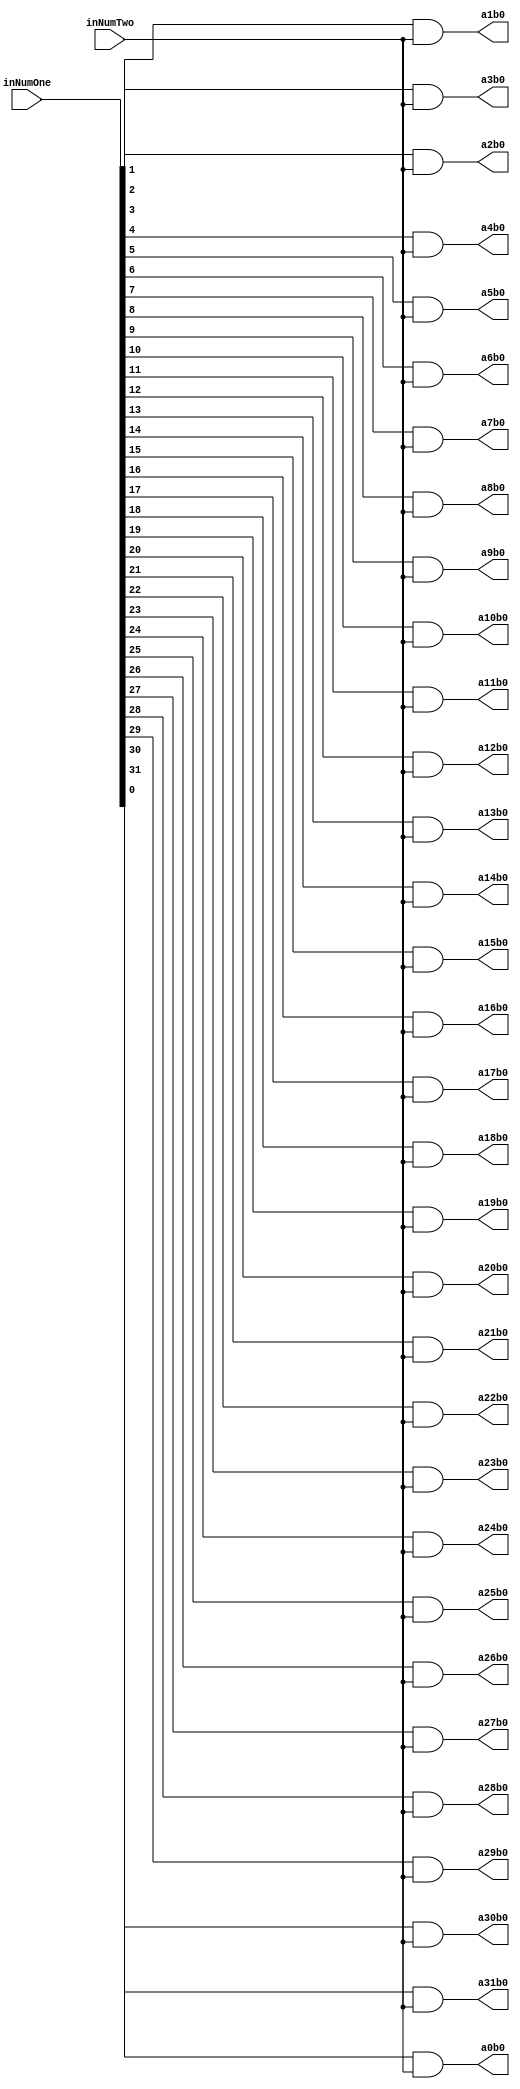
`timescale 1ns / 1ps

module PartialProductRow0(inNumOne,inNumTwo,a0b0,a1b0,a2b0,a3b0,a4b0,a5b0,a6b0,a7b0,a8b0,a9b0,a10b0,a11b0,a12b0,a13b0,a14b0,a15b0,a16b0,a17b0,a18b0,a19b0,a20b0,a21b0,a22b0,a23b0,a24b0,a25b0,a26b0,a27b0,a28b0,a29b0,a30b0,a31b0);
input [31:0] inNumOne;
input inNumTwo;
output reg a0b0,a1b0,a2b0,a3b0,a4b0,a5b0,a6b0,a7b0,a8b0,a9b0,a10b0,a11b0,a12b0,a13b0,a14b0,a15b0,a16b0,a17b0,a18b0,a19b0,a20b0,a21b0,a22b0,a23b0,a24b0,a25b0,a26b0,a27b0,a28b0,a29b0,a30b0,a31b0;

always@(inNumOne,inNumTwo)begin
	a0b0 <= inNumOne[0] & inNumTwo;
	a1b0 <= inNumOne[1] & inNumTwo;
	a2b0 <= inNumOne[2] & inNumTwo;
	a3b0 <= inNumOne[3] & inNumTwo;
	a4b0 <= inNumOne[4] & inNumTwo;
	a5b0 <= inNumOne[5] & inNumTwo;
	a6b0 <= inNumOne[6] & inNumTwo;
	a7b0 <= inNumOne[7] & inNumTwo;
	a8b0 <= inNumOne[8] & inNumTwo;
	a9b0 <= inNumOne[9] & inNumTwo;
	a10b0 <= inNumOne[10] & inNumTwo;
	a11b0 <= inNumOne[11] & inNumTwo;
	a12b0 <= inNumOne[12] & inNumTwo;
	a13b0 <= inNumOne[13] & inNumTwo;
	a14b0 <= inNumOne[14] & inNumTwo;
	a15b0 <= inNumOne[15] & inNumTwo;
	a16b0 <= inNumOne[16] & inNumTwo;
	a17b0 <= inNumOne[17] & inNumTwo;
	a18b0 <= inNumOne[18] & inNumTwo;
	a19b0 <= inNumOne[19] & inNumTwo;
	a20b0 <= inNumOne[20] & inNumTwo;
	a21b0 <= inNumOne[21] & inNumTwo;
	a22b0 <= inNumOne[22] & inNumTwo;
	a23b0 <= inNumOne[23] & inNumTwo;
	a24b0 <= inNumOne[24] & inNumTwo;
	a25b0 <= inNumOne[25] & inNumTwo;
	a26b0 <= inNumOne[26] & inNumTwo;
	a27b0 <= inNumOne[27] & inNumTwo;
	a28b0 <= inNumOne[28] & inNumTwo;
	a29b0 <= inNumOne[29] & inNumTwo;
	a30b0 <= inNumOne[30] & inNumTwo;
	a31b0 <= inNumOne[31] & inNumTwo;
end

endmodule